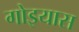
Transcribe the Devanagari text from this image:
गोइयास